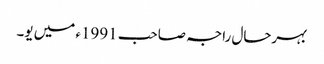
بہرحال راجہ صاحب 1991ء میں یو۔